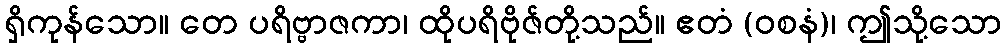
ရှိကုန်သော။ တေ ပရိဗ္ဗာဇကာ၊ ထိုပရိဗိုဇ်တို့သည်။ ဧတံ (ဝစနံ)၊ ဤသို့သော